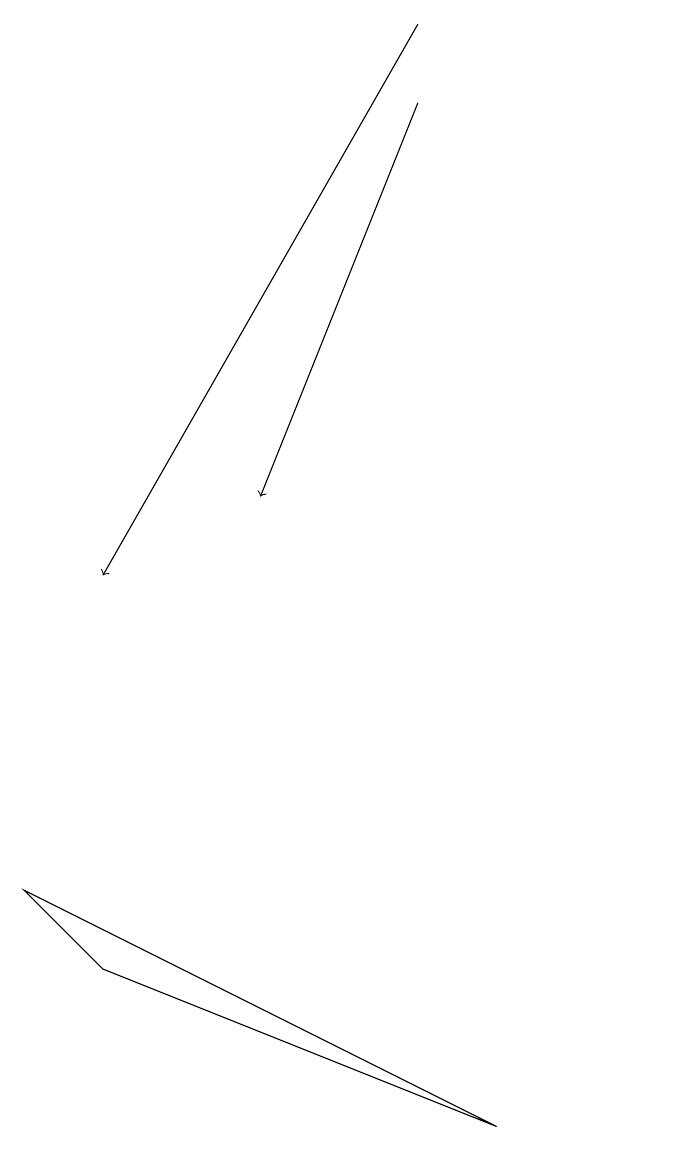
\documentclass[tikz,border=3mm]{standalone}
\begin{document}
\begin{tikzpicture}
\draw[->] (8,18) -- (6,13);
\draw[->] (8,19) -- (4,12);
\draw (3,8) -- (4,7) -- (9,5) -- cycle;
\draw (11,11) circle (0);
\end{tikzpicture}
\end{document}